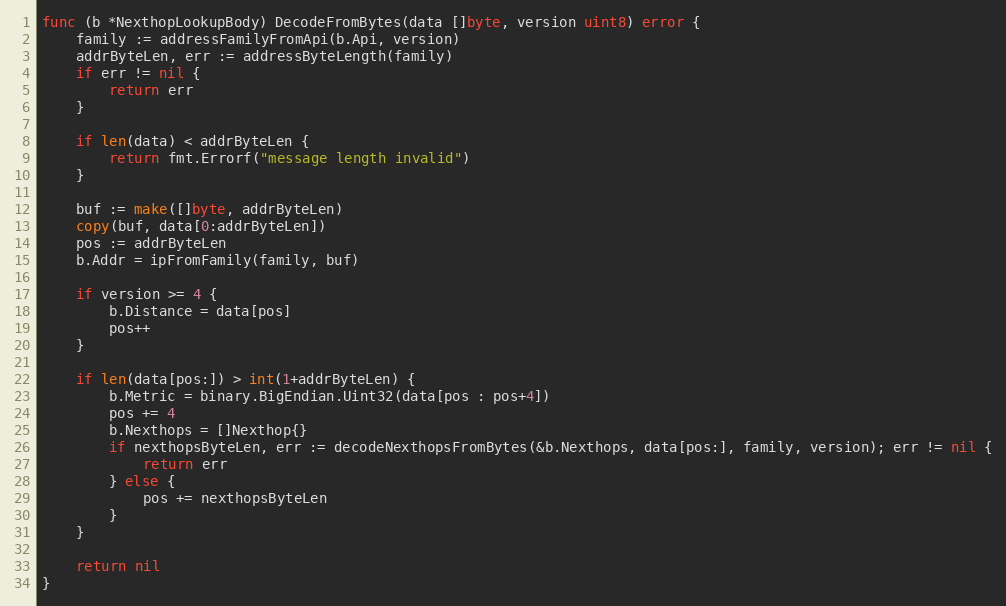
Language: Go
func (b *NexthopLookupBody) DecodeFromBytes(data []byte, version uint8) error {
	family := addressFamilyFromApi(b.Api, version)
	addrByteLen, err := addressByteLength(family)
	if err != nil {
		return err
	}

	if len(data) < addrByteLen {
		return fmt.Errorf("message length invalid")
	}

	buf := make([]byte, addrByteLen)
	copy(buf, data[0:addrByteLen])
	pos := addrByteLen
	b.Addr = ipFromFamily(family, buf)

	if version >= 4 {
		b.Distance = data[pos]
		pos++
	}

	if len(data[pos:]) > int(1+addrByteLen) {
		b.Metric = binary.BigEndian.Uint32(data[pos : pos+4])
		pos += 4
		b.Nexthops = []Nexthop{}
		if nexthopsByteLen, err := decodeNexthopsFromBytes(&b.Nexthops, data[pos:], family, version); err != nil {
			return err
		} else {
			pos += nexthopsByteLen
		}
	}

	return nil
}